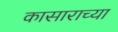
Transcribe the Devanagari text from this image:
कासाराच्या